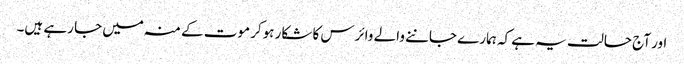
اور آج حالت یہ ہے کہ ہمارے جاننے والے وائرس کا شکار ہوکر موت کے منہ میں جا رہے ہیں۔